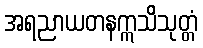
အရညာယတနဣသိသုတ္တံ